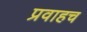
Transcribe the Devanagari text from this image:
प्रवाहच